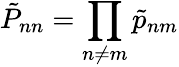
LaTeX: {\tilde{P}}_{nn}=\prod_{n\neq m}\tilde{p}_{nm}